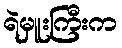
ရဲမှူးကြီးက